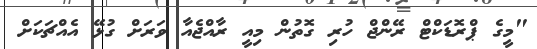
"މީގެ ޕްރޮޑަކްޓް ރޭންޖް ހުރި ގޮތުން މިއީ ރާއްޖެއާ ވަރަށް ގުޅޭ އެއްޗަކަށް